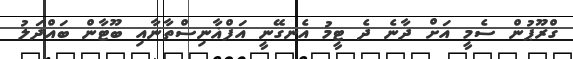
ގްރޫޕުން ސެމީ އަށް ދާނެ ދެ ޓީމު އެނގޭނީ އަފްޣާނިސްތާނާއި ބޫޓާން ބައްދަލު